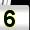
Digit: 5